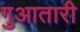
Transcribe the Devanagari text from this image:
गुआतारी